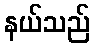
နယ်သည်